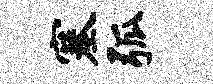
塞弧